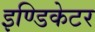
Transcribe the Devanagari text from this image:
इण्डिकेटर